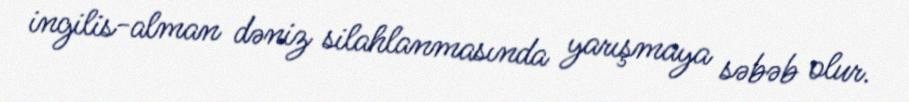
ingilis-alman dəniz silahlanmasında yarışmaya səbəb olur.